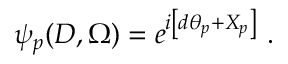
\left. \psi _ { p } ( D , \Omega ) = e ^ { i \left[ d \theta _ { p } + X _ { p } \right] } \ . \right.